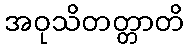
အဝုသိတတ္တာတိ